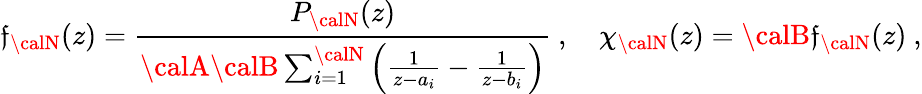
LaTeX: \mathfrak{f}_{\calN}(z)={\frac{{P_{\calN}(z)}}{{{\calA}{\calB}\sum_{i=1}^{\calN}\left({\frac{{1}}{{z-a_{i}}}}-{\frac{{1}}{{z-b_{i}}}}\right)}}}\ ,\quad\chi_{\calN}(z)={\calB}\mathfrak{f}_{\calN}(z)\ ,